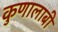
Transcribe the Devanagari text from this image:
कुणालाबी